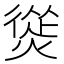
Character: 熧